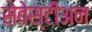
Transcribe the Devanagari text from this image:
सेबेस्टीअन